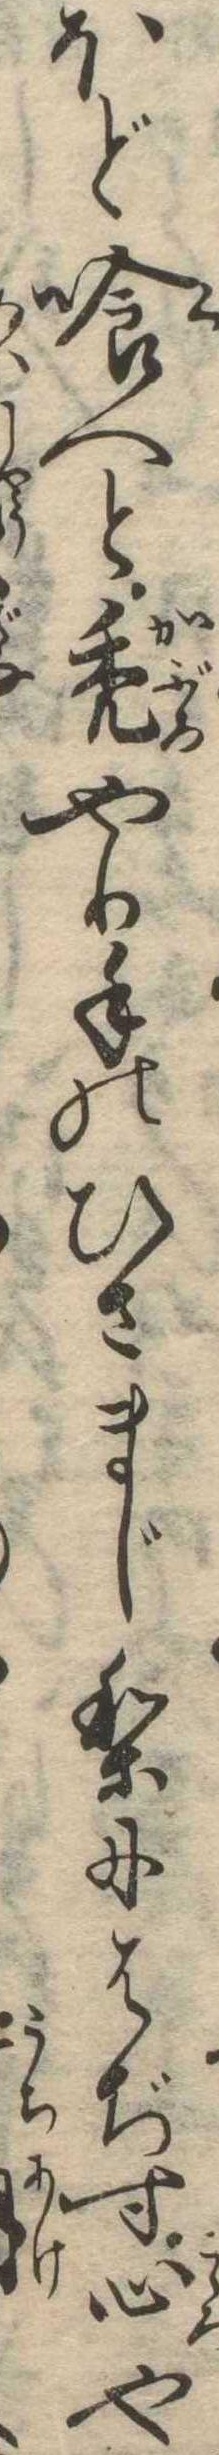
ほど喰へと禿やり手のひさまじりにはぢす心や